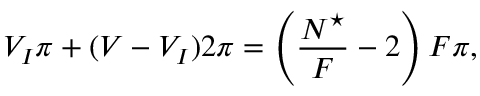
V _ { I } \pi + ( V - V _ { I } ) 2 \pi = \left( \frac { N ^ { \star } } { F } - 2 \right) F \pi ,